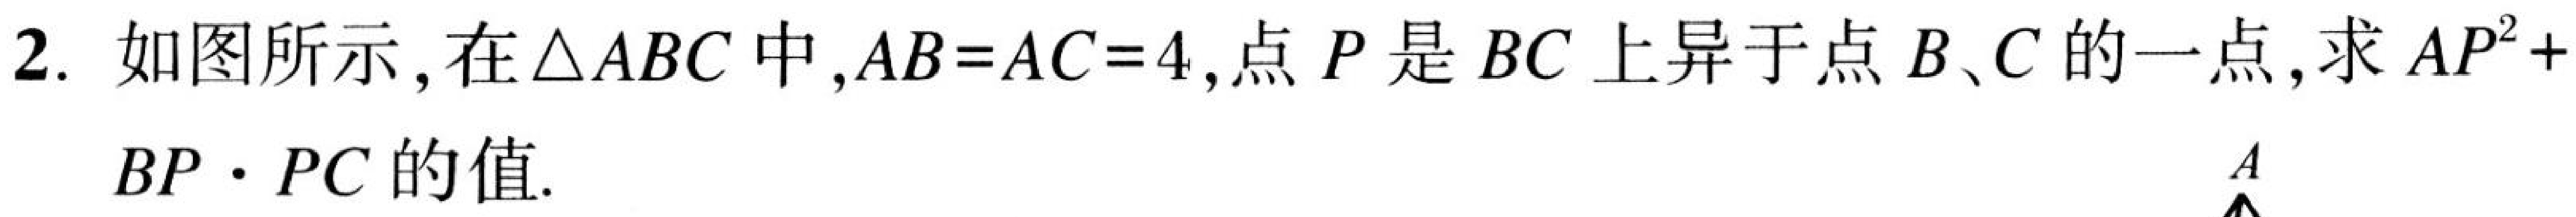
2. 如图所示, 在$\triangle ABC$中,$AB = AC = 4$,点$P$是$BC$上异于点$B、C$的一点,求$AP^{2}+BP\cdot PC$的值.